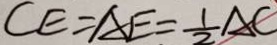
C E = A E = \frac { 1 } { 2 } A C